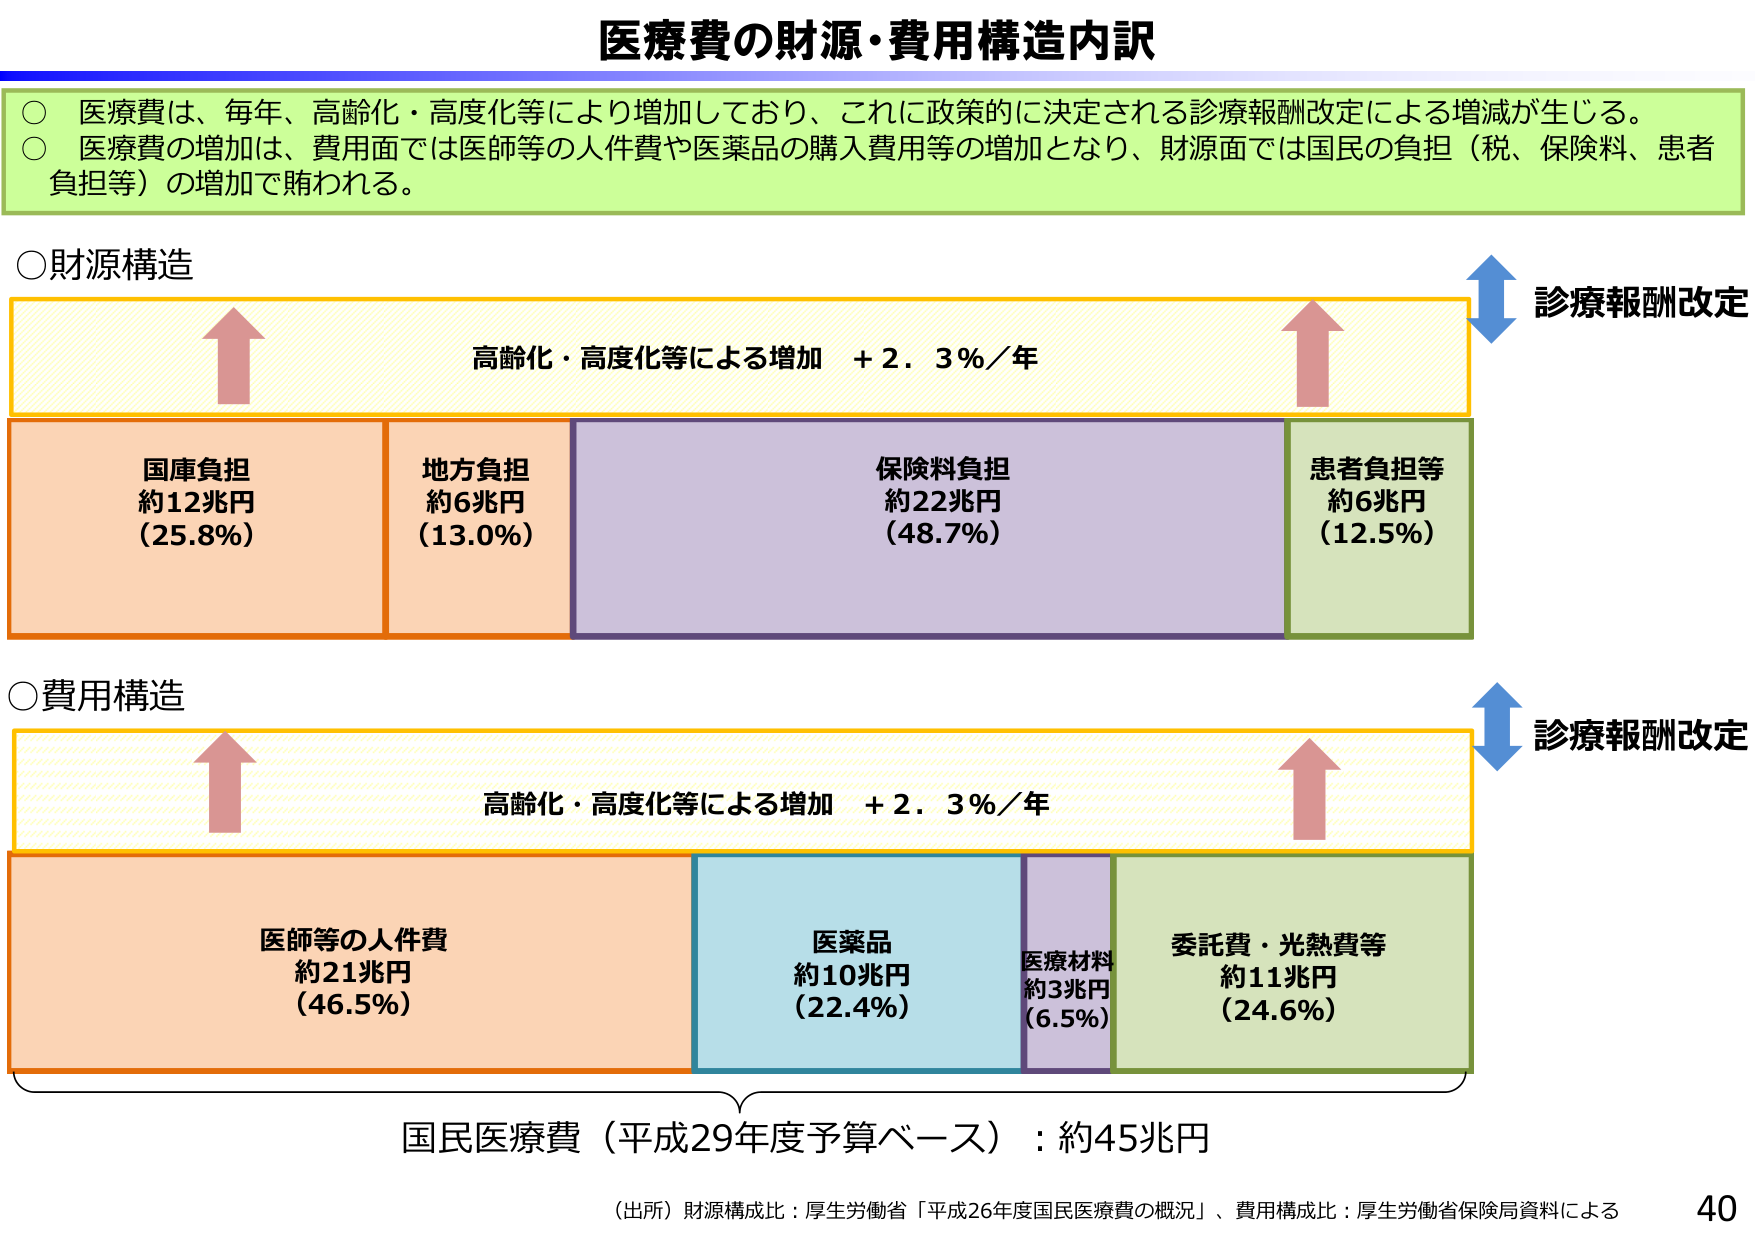
医療費の財源・費用構造内訳

○ 医療費は、毎年、高齢化・高度化等により増加しており、これに政策的に決定される診療報酬改定による増減が生じる。
○ 医療費の増加は、費用面では医師等の人件費や医薬品の購入費用等の増加となり、財源面では国民の負担（税、保険料、患者負担等）の増加で賄われる。

○財源構造
高齢化・高度化等による増加 ＋2.3％／年
診療報酬改定
国庫負担
約12兆円
（25.8％）
地方負担
約6兆円
（13.0％）
保険料負担
約22兆円
（48.7％）
患者負担等
約6兆円
（12.5％）

○費用構造
高齢化・高度化等による増加 ＋2.3％／年
診療報酬改定
医師等の人件費
約21兆円
（46.5％）
医薬品
約10兆円
（22.4％）
医療材料
約3兆円
（6.5％）
委託費・光熱費等
約11兆円
（24.6％）

国民医療費（平成29年度予算ベース）：約45兆円

（出所）財源構成比：厚生労働省「平成26年度国民医療費の概況」、費用構成比：厚生労働省保険局資料による
40